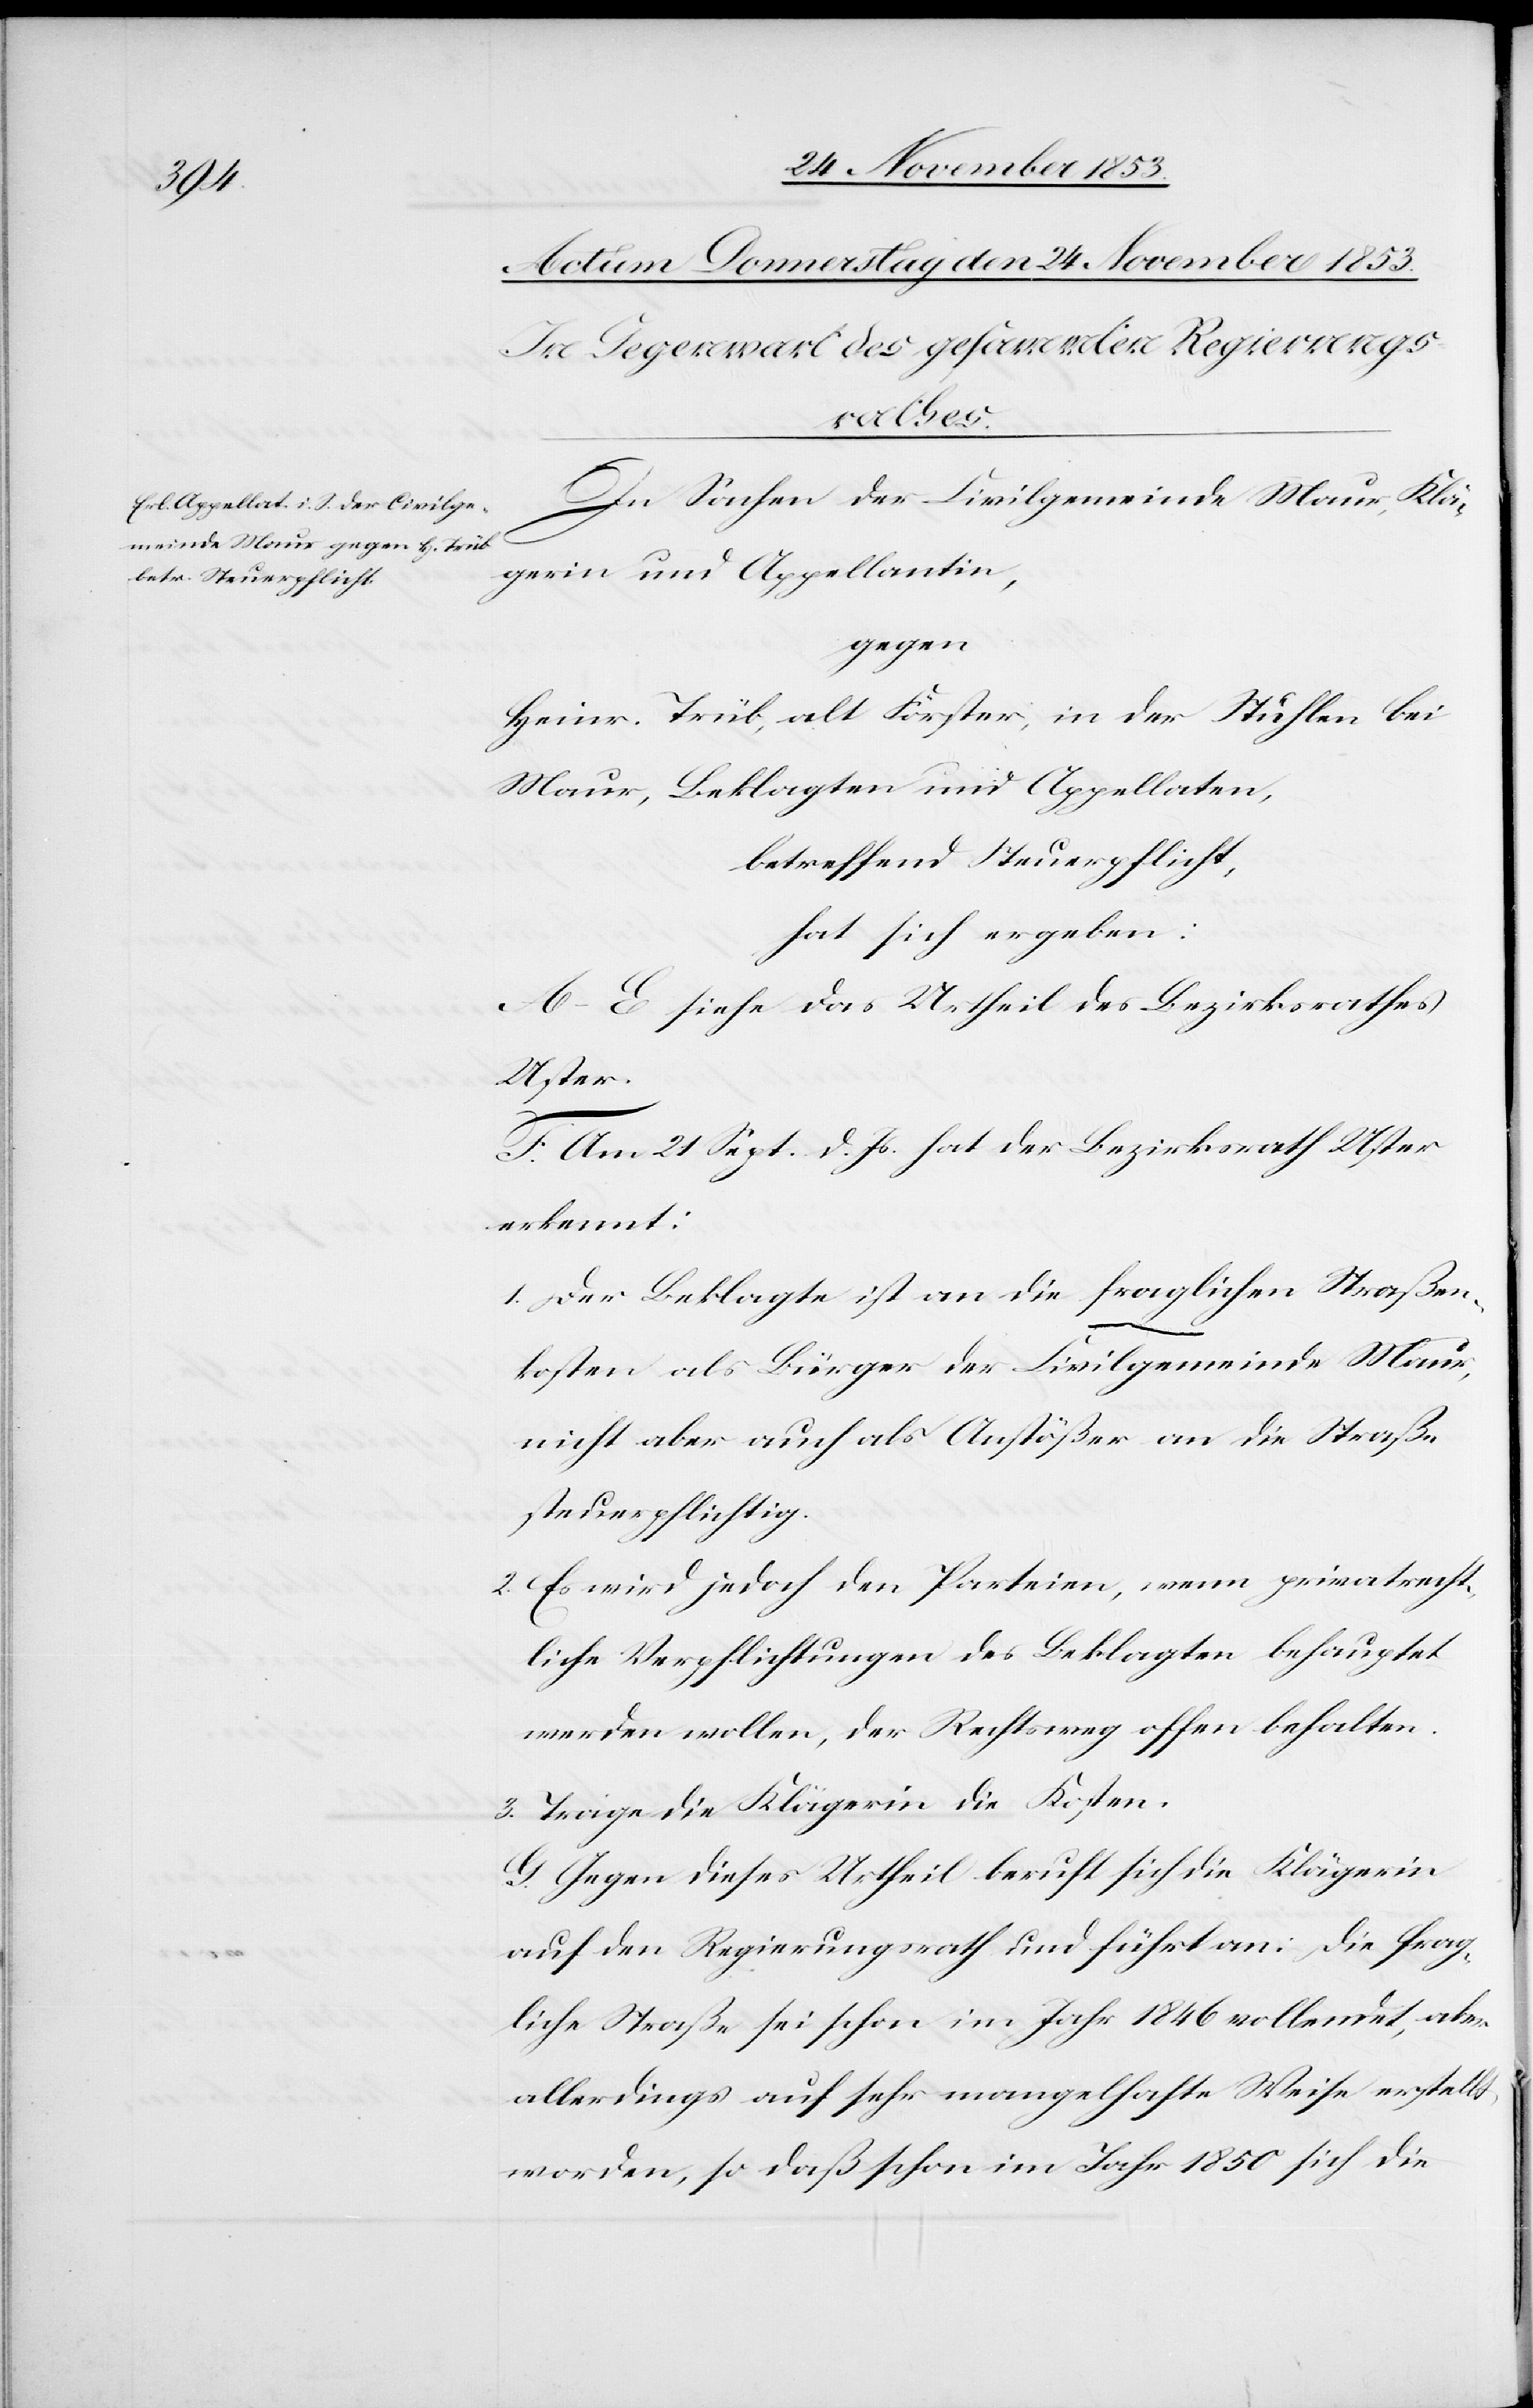
In Sachen der Civilgemeinde Maur, Klä¬
gerin und Appellantin,
gegen
Heinr. Trüb, alt Förster, in der Stuhlen bei
Maur, Beklagten und Appellaten,
betreffend Steuerpflicht,
hat sich ergeben:
A–E siehe das Urtheil des Bezirksrathes
Uster.
F. Am 21 Sept. d. Js. hat der Bezirksrath Uster
erkennt:
1. Der Beklagte ist an die fraglichen Straßen¬
kosten als Bürger der Civilgemeinde Maur,
nicht aber auch als Anstößer an die Straße
steuerpflichtig.
2. Es wird jedoch den Parteien, wenn privatrecht¬
liche Verpflichtungen des Beklagten behauptet
werden wollen, der Rechtsweg offen behalten.
3. Trage die Klägerin die Kosten.
G. Gegen dieses Urtheil beruft sich die Klägerin
auf den Regierungsrath und führt an: die frag¬
liche Straße sei schon im Jahr 1846 vollendet, aber
allerdings auf sehr mangelhafte Weise erstellt
worden, so daß schon im Jahr 1850 sich die